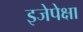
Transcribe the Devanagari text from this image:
इजेपेक्षा